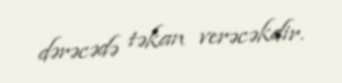
dərəcədə təkan verəcəkdir.